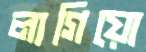
লাগিয়ো